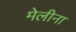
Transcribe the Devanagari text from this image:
मेलीना